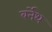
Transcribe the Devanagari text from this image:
बर्नेथ